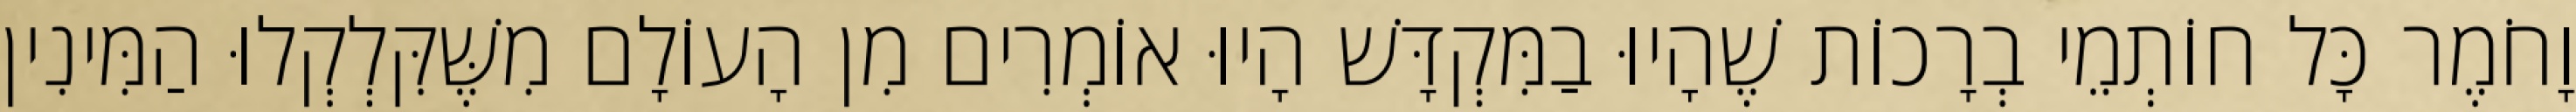
וָחֹמֶר כָּל חוֹתְמֵי בְרָכוֹת שֶׁהָיוּ בַמִּקְדָּשׁ הָיוּ אוֹמְרִים מִן הָעוֹלָם מִשֶּׁקִּלְקְלוּ הַמִּינִין